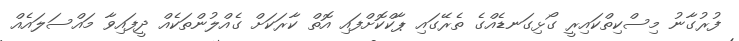
ފުރުގާނު މިސްކިތްކައިރީ ގޯޅިގަނޑެއްގެ ތެރޭގައި ޕާކްކޮށްފައި އޮތް ކާރަކަށް ގެއްލުންތަކެއް ދީފައިވާ މައްސަލައެއް